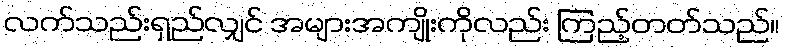
လက်သည်းရှည်လျှင် အများအကျိုးကိုလည်း ကြည့်တတ်သည်။